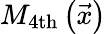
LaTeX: M_{\mathrm{4th}}\left(\vec{x}\right)